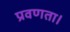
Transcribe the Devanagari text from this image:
प्रवणता।